Civil Veterinary Department. Madras. Admin. report 1910-25 - 1910-1925
Year: 1910
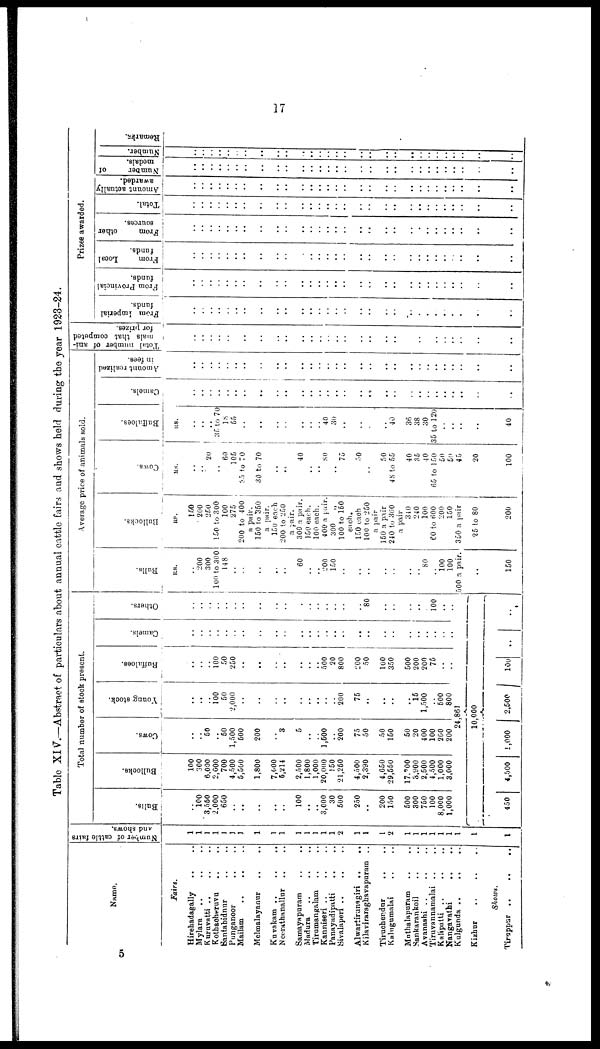
17
Table XIV.—Abstract of particulars about annual cattle fairs and shows held during the year 1923-24.
Name.
Fairs.
Hirehadagally .. ..
Mylara .. .. ..
Kuruvatti .. .. ..
Kothaoheruvu .. ..
Santabidnur .. ..
Punganoor .. ..
Mailam .. .. ..
Melmalayanur
..
..
Kuvakam ..
..
..
Neerathanallur .. ..
Samayapuram .. ..
Madura .. .. ..
Tirumangalam .. ..
Kanniseri
..
..
..
Panayadipatti .. ..
Sivalaperi .. .. ..
Alwartirunagiri ..
..
Kilaviraraghavapuram
..
Tiruehendur
.. ..
Kalugumalai .. ..
Mnthalapuram .. ..
Sankarankoil .. ..
Avanashi .. .. ..
Tiruvannamalai .. ..
Kalipatti .. .. ..
Nangavathi .. ..
Kulgunda .. .. ..
Kizhur .. .. ..
Shows.
Tiruppur ..
..
..
Number of cattle fairs
and shows.
1
1
1
1
1
1
1
1
1
1
1
1
1
1
1
1
1
1
1
1
1
1
1
1
1
1
1
1
1
Total number of stock present.
Bulls.
..
100
3,560
2,000
650
..
..
..
..
..
100
..
..
3,000
30
500
250
..
200
150
500
300
750
100
8,000
1,000
Bullocks.
100
300
6,000
2,000
700
4,500
5,500
1,800
7,000
5,214
2,500
1,800
1,000
20,000
150
21,250
4,500
2,390
4,650
29,550
17,700
3,900
2,500
4,500
1,000
3,000
Cows.
..
.. 50
..
50
1,500
500
200
.. 3
5
..
..
1,500
..
200
75
50
50
150
50
20
400
100
200
200
Young stock.
..
..
..
100
50
2,000
..
..
..
..
..
..
..
..
..
200
75
..
..
..
.. 15
1,500
.. 500
800
Buffaloes.
..
..
..
100
50
250
..
..
..
..
..
..
..
500
20
800
200
50
100
350
500
200
200
75
..
..
Camels.
..
..
..
..
..
..
..
..
..
..
..
..
..
..
..
..
....
..
..
..
..
..
..
..
..
..
Others.
..
..
..
..
..
..
..
..
..
..
..
..
..
..
..
..
..
80
..
..
..
..
..
100
..
..
24,861
10,000
450
4,500
1,000
2,500
100
..
..
Average price of animals sold.
Bulls.
R8.
..
200
300
100 to 300
148
..
..
..
..
..
60
..
..
200
150
..
..
..
..
..
..
..
80
..
100
100
500 a pair.
..
150
Bullocks.
RS.
150
200
250
150 to 300
100
275
200 to 400
a pair.
150 to 350
a pair.
150 each
200 to 250
a pair.
300 a pair.
150 each.
100 each.
400 a pair.
300
100 to 150
each.
150 each
100 to 250
a pair
150 a pair
240 to 360
a pair
340
240
100
60 to 600
200
150
350 a pair
25 to 80
200
Cows.
RS.
..
..
20
..
60
105
35 to 70
30 to 70
..
..
40
..
..
80
..
75
50
..
50
48 to 55
40
35
40
65 to 150
50
60
4 5
20
100
Buffaloes.
RS.
..
..
..
35 to 70
18
55
..
..
..
..
..
..
..
40
30
..
..
..
..
40
36
38
30
35 to 120
..
..
..
..
40
Camels.
..
..
..
..
..
..
..
..
..
..
..
..
..
..
..
..
..
..
..
..
..
..
..
..
..
..
..
..
..
Amount realized
in fees.
..
..
..
..
..
..
..
..
..
..
..
..
..
..
..
..
..
..
..
..
..
..
..
..
..
..
..
..
..
Total number of ani-
mals that competed
for prizes.
..
..
..
..
..
..
..
..
..
..
..
..
..
..
..
..
..
..
..
..
..
..
..
..
..
..
..
..
..
Prizes awarded.
From Imperial
funds.
..
..
..
..
..
..
..
..
..
..
..
..
..
..
..
..
..
..
..
..
..
..
..
..
..
..
..
..
..
From Provincial
funds.
..
..
..
..
..
..
..
..
..
..
..
..
..
..
..
..
..
..
..
..
..
..
..
..
..
..
..
..
..
From
Local
funds.
..
..
..
..
..
..
..
..
..
..
..
..
..
..
..
..
..
..
..
..
..
..
..
..
..
..
..
..
..
From
other
sources.
..
..
..
..
..
..
..
..
..
..
..
..
..
..
..
..
..
..
..
..
..
..
..
..
..
..
..
..
..
Total.
..
..
..
..
..
..
..
..
..
..
..
..
..
..
..
..
..
..
..
..
..
..
..
..
..
..
..
..
..
Amount actually
awarded.
..
..
..
..
..
..
..
..
..
..
..
..
..
..
..
..
..
..
..
..
..
..
..
..
..
..
..
..
..
Number
of
medals.
..
..
..
..
..
..
..
..
..
..
..
..
..
..
..
..
..
..
..
..
..
..
..
..
..
..
..
..
..
Number.
..
..
..
..
..
..
..
..
..
..
..
..
..
..
..
..
..
..
..
..
..
..
..
..
..
..
..
..
..
Remarks.
5